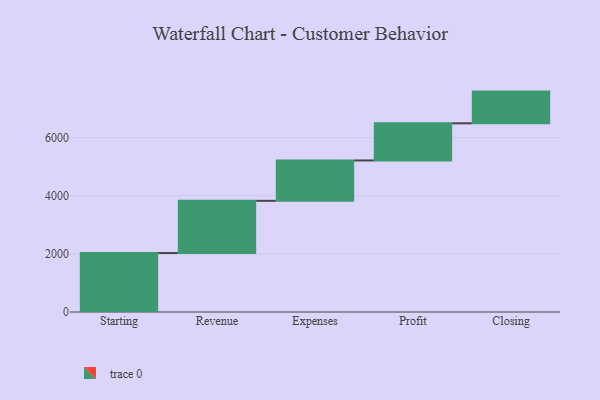
{"axis": {"x": "Step", "y": "Value"}, "legend": [""], "data": [{"x": "Starting", "y": 2028.0, "type": ""}, {"x": "Revenue", "y": 1797.0, "type": ""}, {"x": "Expenses", "y": 1388.0, "type": ""}, {"x": "Profit", "y": 1278.0, "type": ""}, {"x": "Closing", "y": 1091.0, "type": ""}]}